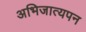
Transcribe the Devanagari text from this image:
अभिजात्यपन